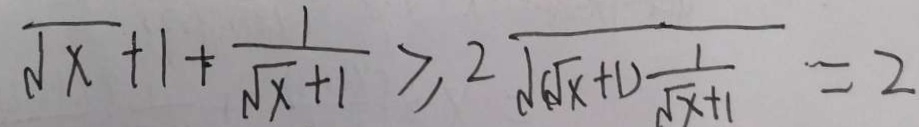
\sqrt { x } + 1 + \frac { 1 } { \sqrt { x } + 1 } \geq 2 \sqrt { ( \sqrt { x } + 1 ) \frac { 1 } { \sqrt { x } + 1 } } = 2